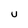
Character: u